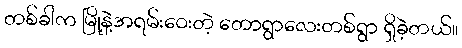
တစ်ခါက မြို့နဲ့အရမ်းဝေးတဲ့ တောရွာလေးတစ်ရွာ ရှိခဲ့တယ်။